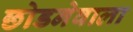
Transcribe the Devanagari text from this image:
छोडनेवाला